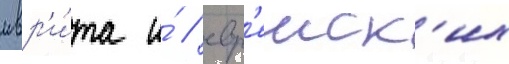
ивр'и́та и́ / евр'еиск'их